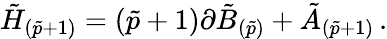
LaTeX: \tilde{H}_{(\tilde{p}+1)}=(\tilde{p}+1)\partial\tilde{B}_{(\tilde{p})}+\tilde{A}_{(\tilde{p}+1)}\, .